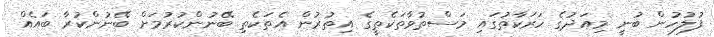
ފުލުހުން ބުނީ މިއަދުގެ ހަރަކާތުގައި މަސްތުވާތަކެތީގެ އިތުރުން އެތަކެތި ބޭނުންކުރުމަށް ބޭނުންކުރާ ބައެއް